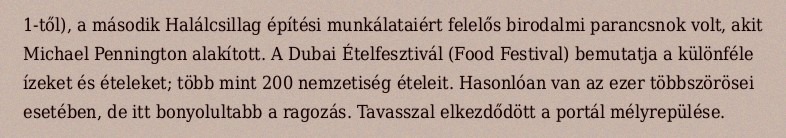
1-től), a második Halálcsillag építési munkálataiért felelős birodalmi parancsnok volt, akit Michael Pennington alakított. A Dubai Ételfesztivál (Food Festival) bemutatja a különféle ízeket és ételeket; több mint 200 nemzetiség ételeit. Hasonlóan van az ezer többszörösei esetében, de itt bonyolultabb a ragozás. Tavasszal elkezdődött a portál mélyrepülése.